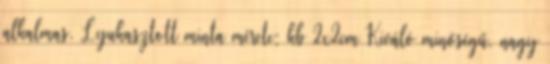
alkalmas. Lyukasztott minta mérete: kb 2x2cm Kiváló minőségű, nagy